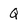
Character: Q